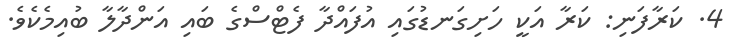
4. ކަރާފަނި: ކަރާ އަކީ ހަށިގަނޑުގައި އުފައްދާ ފެޓްސްގެ ބައި އަންދާލާ ބުއިމެކެވެ.